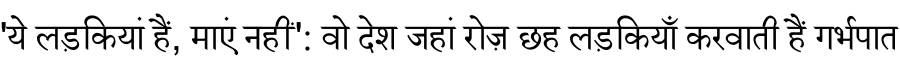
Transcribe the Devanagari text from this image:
'ये लड़कियां हैं, माएं नहीं': वो देश जहां रोज़ छह लड़कियाँ करवाती हैं गर्भपात